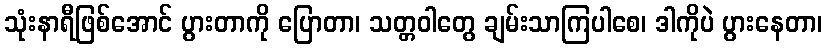
သုံးနာရီဖြစ်အောင် ပွားတာကို ပြောတာ၊ သတ္တဝါတွေ ချမ်းသာကြပါစေ၊ ဒါကိုပဲ ပွားနေတာ၊